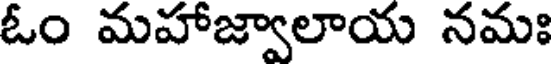
ఓం మహాజ్వాలాయ నమః